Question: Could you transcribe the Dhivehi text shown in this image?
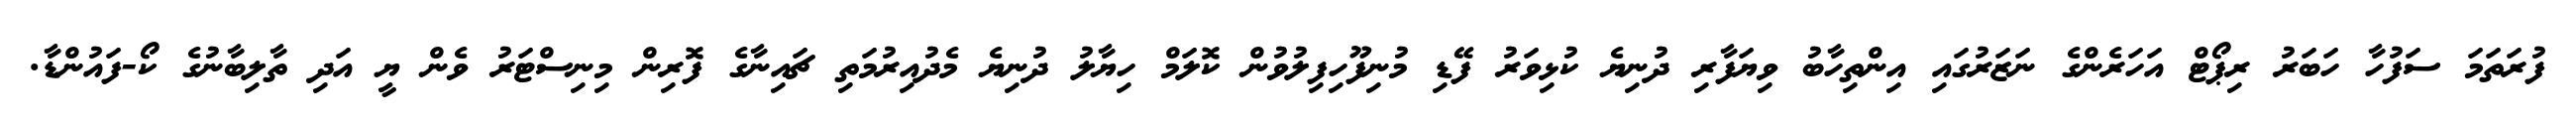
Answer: ފުރަތަމަ ސަފުހާ ހަބަރު ރިޕޯޓް އަހަރެންގެ ނަޒަރުގައި އިންތިހާބު ވިޔަފާރި ދުނިޔެ ކުޅިވަރު ފޭޑި މުނިފޫހިފިލުވުން ކޮލަމް ހިޔާލު ދުނިޔެ މެދުއިރުމަތި ޗައިނާގެ ފޮރިން މިނިސްޓަރު ވެން ޔީ އަދި ތާލިބާނުގެ ކޯ-ފައުންޑާ.